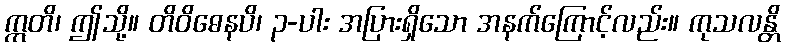
ဣတိ၊ ဤသို့။ တိဝိဓေနပိ၊ ၃-ပါး အပြားရှိသော အနက်ကြောင့်လည်း။ ကုသလန္တိ